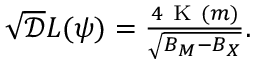
\begin{array} { r } { \sqrt { \mathcal { D } } L ( \psi ) = \frac { 4 \mathrm { ~ K ~ } ( m ) } { \sqrt { B _ { M } - B _ { X } } } . } \end{array}